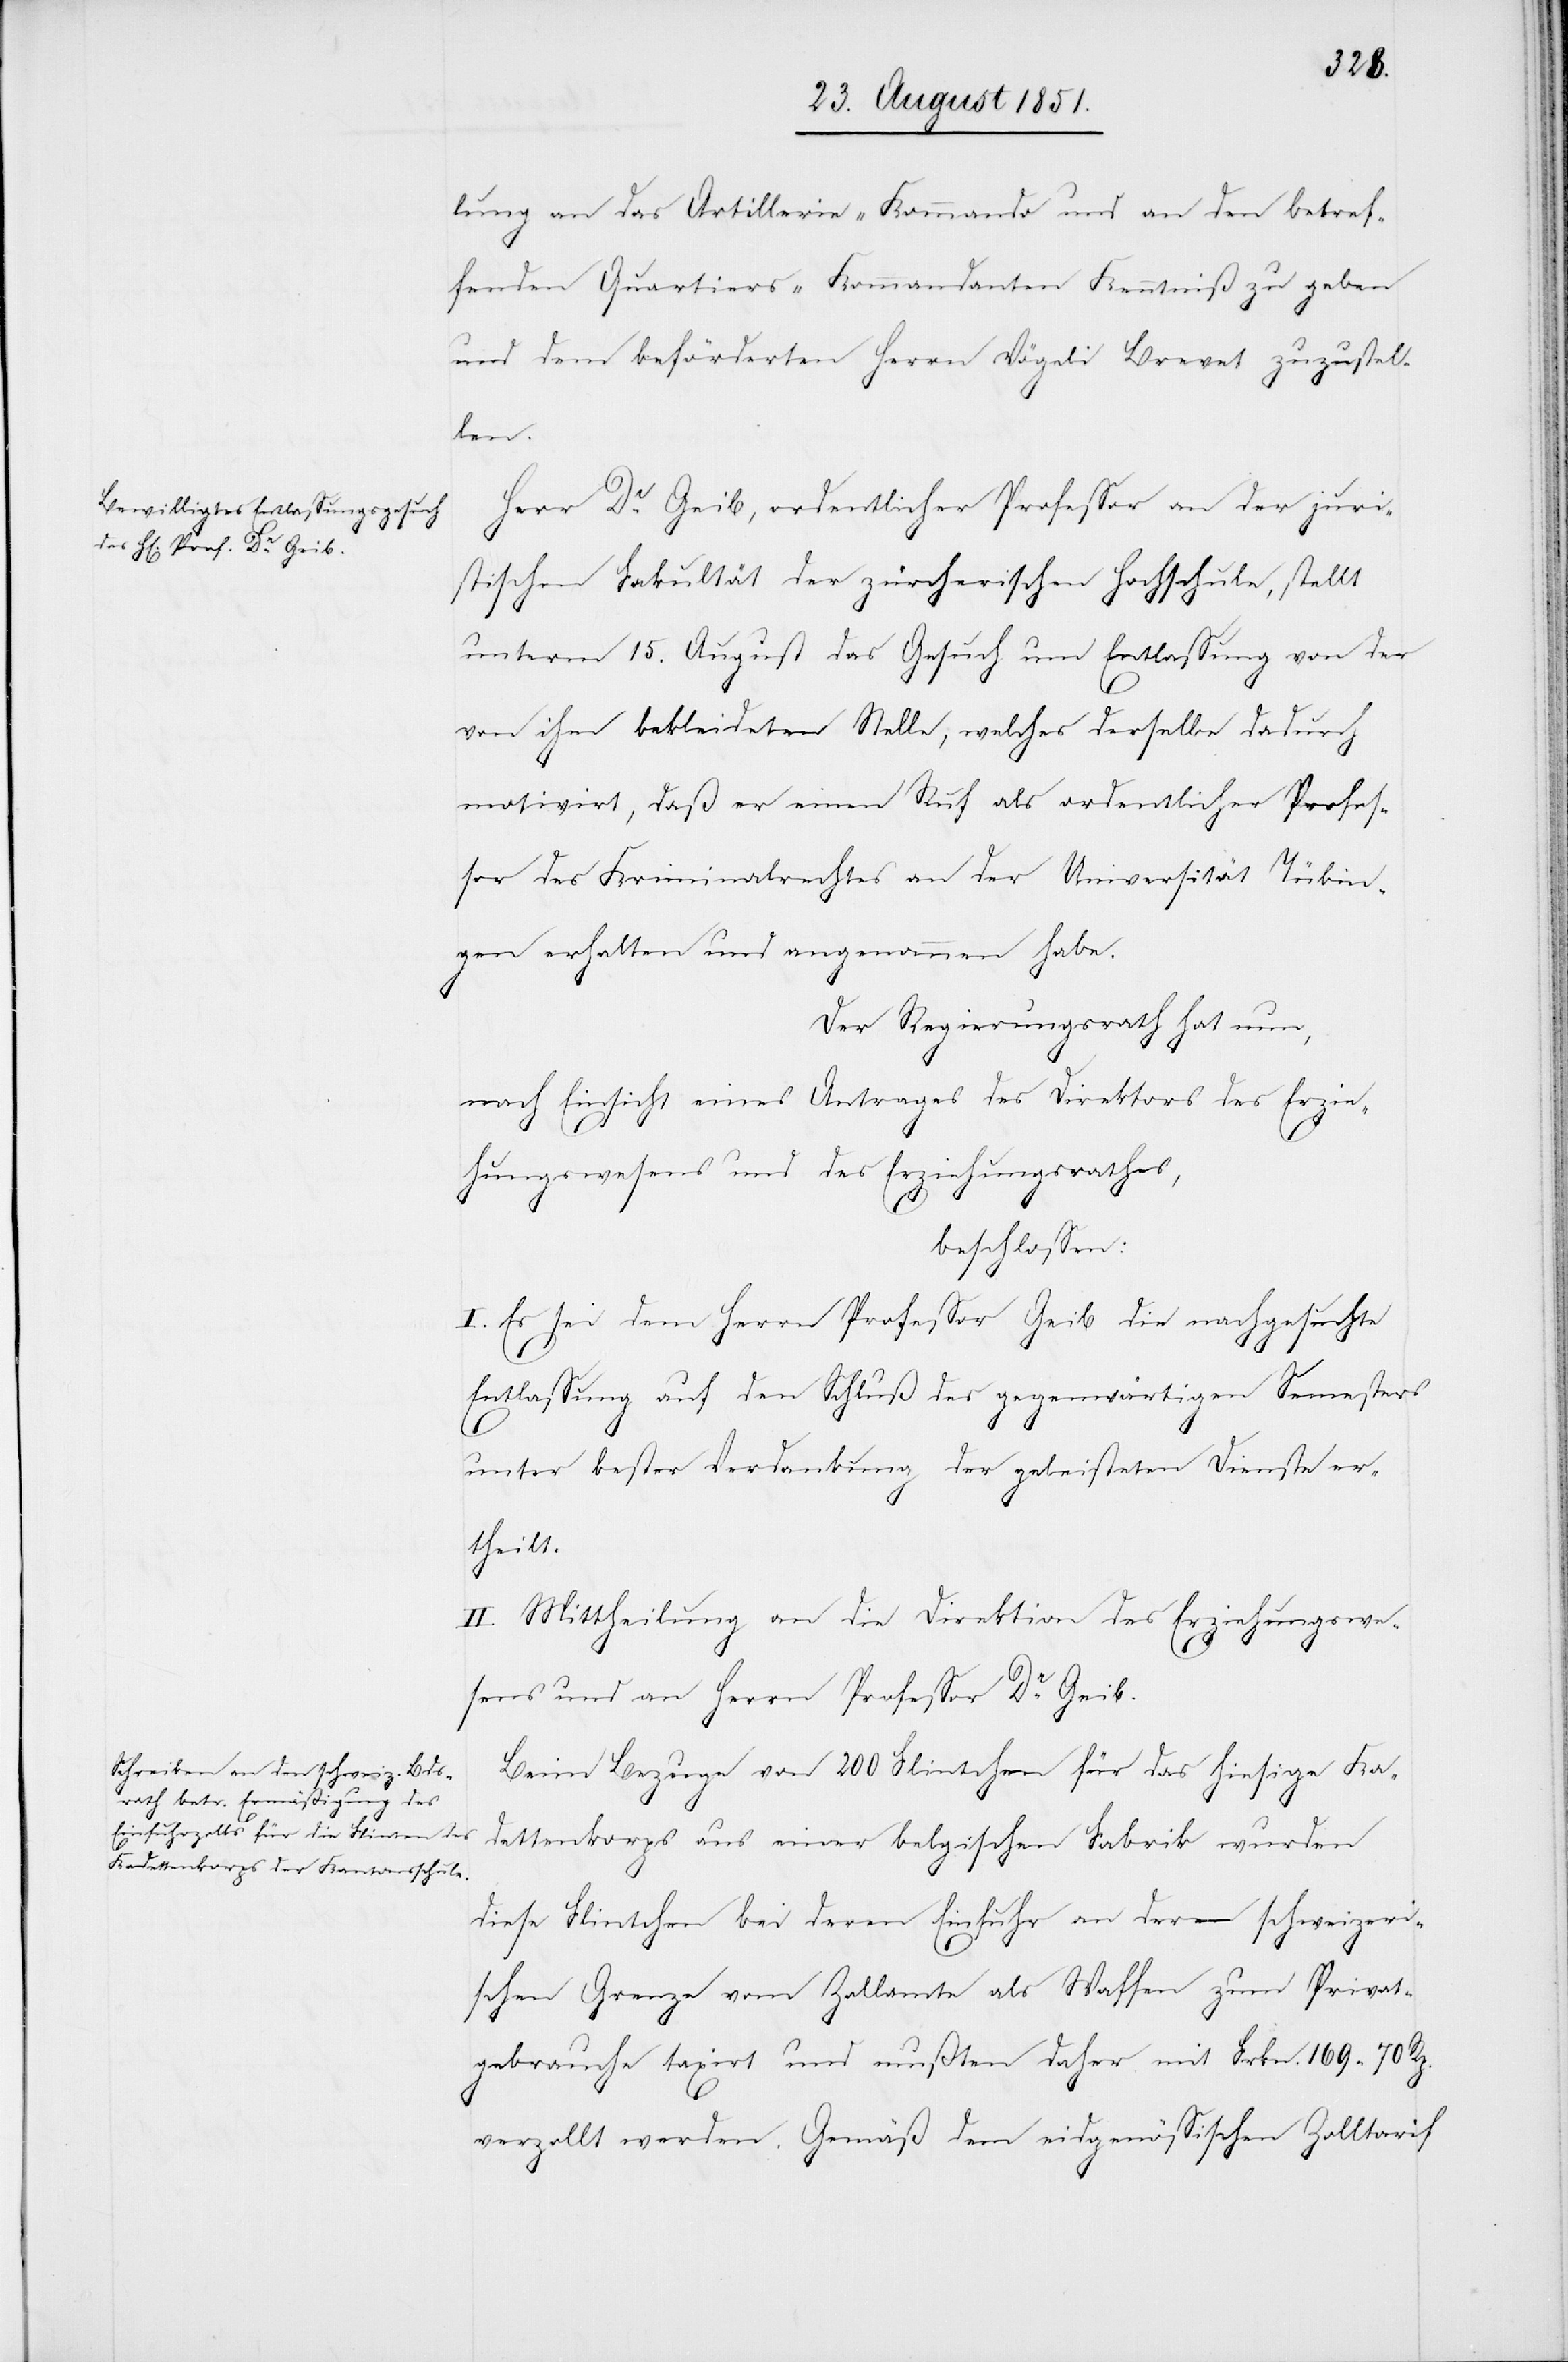
lung an das Artillerie-Kommando und an den betref¬
fenden Quartiers-Kommandanten Kenntniß zu geben
und dem beförderten Herrn Vögeli Brevet zuzustel¬
len.
Herr Dr. Geib, ordentlicher Professor an der juri¬
stischen Fakultät der zürcherischen Hochschule, stellt
unterm 15. August das Gesuch um Entlassung von der
von ihm bekleideten Stelle, welches derselbe dadurch
motivirt, daß er einen Ruf als ordentlicher Profes¬
sor des Kriminalrechtes an der Universität Tübin¬
gen erhalten und angenommen habe.
Der Regierungsrath hat nun,
nach Einsicht eines Antrages des Direktors des Erzie¬
hungswesens und des Erziehungsrathes,
beschlossen:
I. Es sei dem Herrn Professor Geib die nachgesuchte
Entlassung auf den Schluß des gegenwärtigen Semesters
unter bester Verdankung der geleisteten Dienste er¬
theilt.
II. Mittheilung an die Direktion des Erziehungswe¬
sens und an Herrn Professor Dr. Geib.
Beim Bezuge von 200 Flintchen für das hiesige Ka¬
dettenkorps aus einer belgischen Fabrik wurden
diese Flintchen bei deren Einfuhr an der schweizeri¬
schen Grenze vom Zollamte als Waffen zum Privat¬
gebrauche taxirt und mußten daher mit Frkn. 169 70 Rp.
verzollt werden. Gemäß dem eidgenössischen Zolltarif